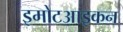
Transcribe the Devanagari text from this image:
इमोटआइकन